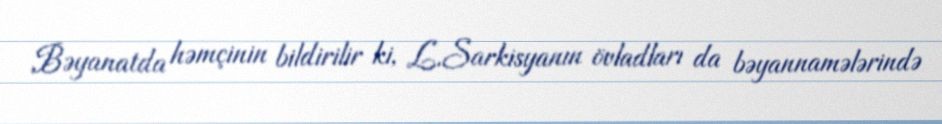
Bəyanatda həmçinin bildirilir ki, L.Sarkisyanın övladları da bəyannamələrində